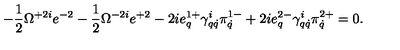
- \frac 1 2 \Omega ^ { + 2 i } e ^ { - 2 } - \frac 1 2 \Omega ^ { - 2 i } e ^ { + 2 } - 2 i e _ { q } ^ { 1 + } \gamma _ { q \dot { q } } ^ { i } \pi _ { \dot { q } } ^ { 1 - } + 2 i e _ { q } ^ { 2 - } \gamma _ { q \dot { q } } ^ { i } \pi _ { \dot { q } } ^ { 2 + } = 0 .